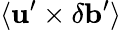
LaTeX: \langle{{\mathbf{u}}^{\prime}\times\delta{\mathbf{b}}^{\prime}}\rangle